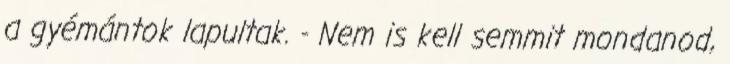
a gyémántok lapultak. - Nem is kell semmit mondanod,